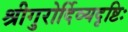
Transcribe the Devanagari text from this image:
श्रीगुरोर्दिव्यदृष्टिः